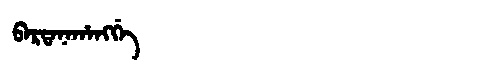
Manchu: ᠪᠠᡵᡨᠠᠨᠠᡥᠠᠩᡤᡝ
Romanization: BARTANAHANGGE